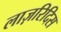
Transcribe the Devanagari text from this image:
लाज़रिदिस